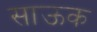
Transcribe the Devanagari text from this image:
साऊक